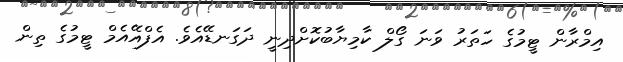
އިމްރާން ޓީމުގެ ހަތަރު ވަނަ ގޯލް ކާމިޔާބުކޮށްދިނީ ދަގަނޑޭއެވެ. އެފްއޭއެމް ޓީމުގެ ތިން